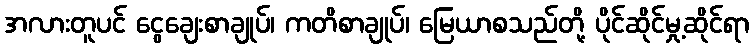
အလားတူပင် ငွေချေးစာချုပ်၊ ကတိစာချုပ်၊ မြေယာစသည်တို့ ပိုင်ဆိုင်မှု့ဆိုင်ရာ